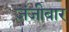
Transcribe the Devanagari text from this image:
ज़ंजीबार